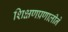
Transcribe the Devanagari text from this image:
शिक्षणप्रणालीने